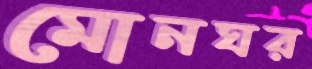
মোনঘর